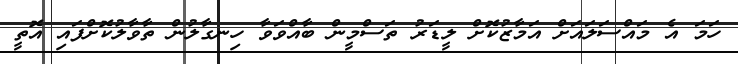
ހަމަ އެ މައްސަލައަށް އަމާޒުކޮށް ލީޑަރު ތަސްމީން ބާއްވަވާ ހިނގާލުން ތާވާލުކޮށްފައި އޮތީ